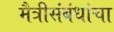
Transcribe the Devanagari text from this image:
मैत्रीसंबंधांचा